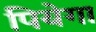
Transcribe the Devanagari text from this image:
पियेगा